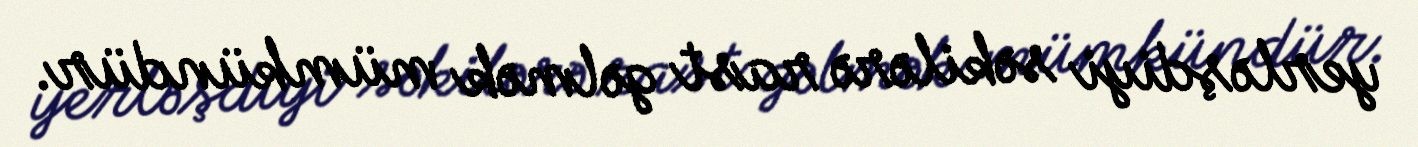
yerləşdiyi səkilərə rast gəlmək mümkündür.